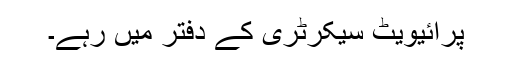
پرائیویٹ سیکرٹری کے دفتر میں رہے۔